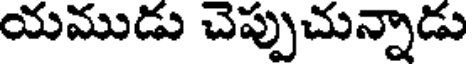
యముడు చెప్పుచున్నాడు